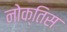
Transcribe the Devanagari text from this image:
नोक्तिस